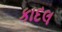
કાદલ